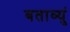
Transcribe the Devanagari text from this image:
बताव्युं